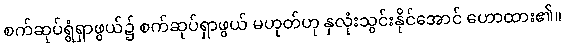
စက်ဆုပ်ရွံရှာဖွယ်၌ စက်ဆုပ်ရှာဖွယ် မဟုတ်ဟု နှလုံးသွင်းနိုင်အောင် ဟောထား၏။